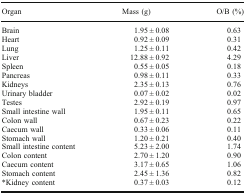
| Organ | Mass (g) | O/B (%) |
 | --- | --- | --- |
 | Brain | 1.95 ± 0.08 | 0.63 |
 | Heart | 0.92 ± 0.09 | 0.31 |
 | Lung | 1.25 ± 0.11 | 0.42 |
 | Liver | 12.88 ± 0.92 | 4.29 |
 | Spleen | 0.55 ± 0.05 | 0.18 |
 | Pancreas | 0.98 ± 0.11 | 0.33 |
 | Kidneys | 2.35 ± 0.13 | 0.76 |
 | Urinary bladder | 0.07 ± 0.02 | 0.02 |
 | Testes | 2.92 ± 0.19 | 0.97 |
 | Small intestine wall | 1.95 ± 0.11 | 0.65 |
 | Colon wall | 0.67 ± 0.23 | 0.22 |
 | Caecum wall | 0.33 ± 0.06 | 0.11 |
 | Stomach wall | 1.20 ± 0.21 | 0.40 |
 | Small intestine content | 5.23 ± 2.00 | 1.74 |
 | Colon content | 2.70 ± 1.20 | 0.90 |
 | Caecum content | 3.17 ± 0.65 | 1.06 |
 | Stomach content | 2.45 ± 1.36 | 0.82 |
 | *Kidney content | 0.37 ± 0.03 | 0.12 |